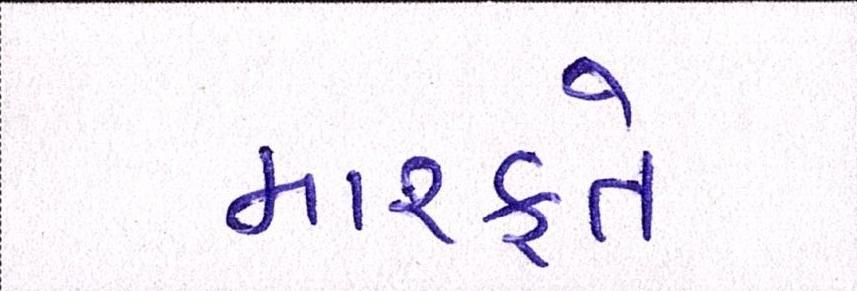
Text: મારફતે